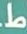
ط